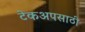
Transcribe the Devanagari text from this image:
टेकअपसाठी